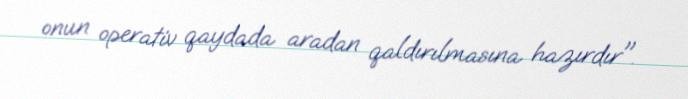
onun operativ qaydada aradan qaldırılmasına hazırdır".